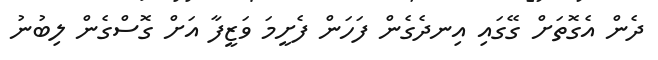
ދެން އެގޮތަށް ގޭގައި އިނދެގެން ފަހަން ފެށީމަ ވަޒީފާ އަށް ގޮސްގެން ލިބުނު